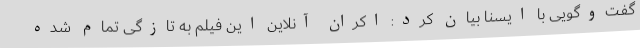
گفت‌وگویی با ایسنا بیان کرد: اکران آنلاین این فیلم به تازگی تمام شده